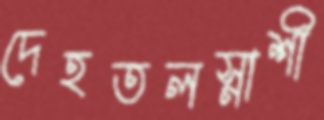
দেহতলস্নাশী